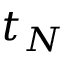
t _ { N }